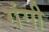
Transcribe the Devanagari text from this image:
गंगी